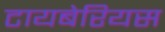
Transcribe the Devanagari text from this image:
टायबेरियस